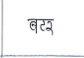
मजकूर: बटर